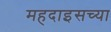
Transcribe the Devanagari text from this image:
महदाइसच्या